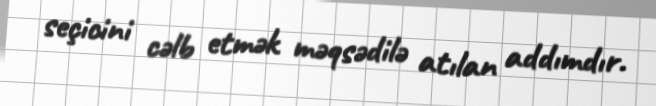
seçicini cəlb etmək məqsədilə atılan addımdır.